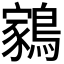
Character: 𬷬